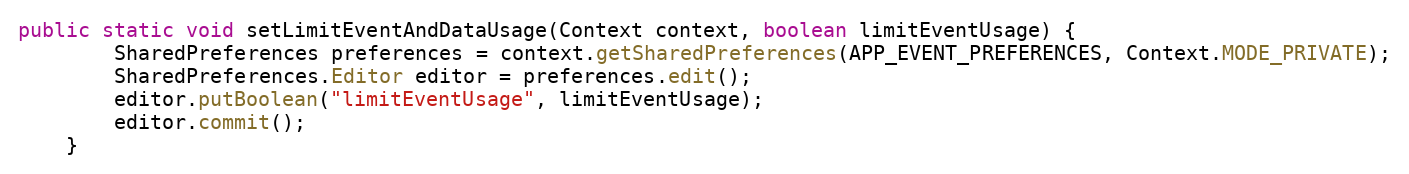
Language: Java
public static void setLimitEventAndDataUsage(Context context, boolean limitEventUsage) {
        SharedPreferences preferences = context.getSharedPreferences(APP_EVENT_PREFERENCES, Context.MODE_PRIVATE);
        SharedPreferences.Editor editor = preferences.edit();
        editor.putBoolean("limitEventUsage", limitEventUsage);
        editor.commit();
    }